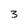
Character: 3